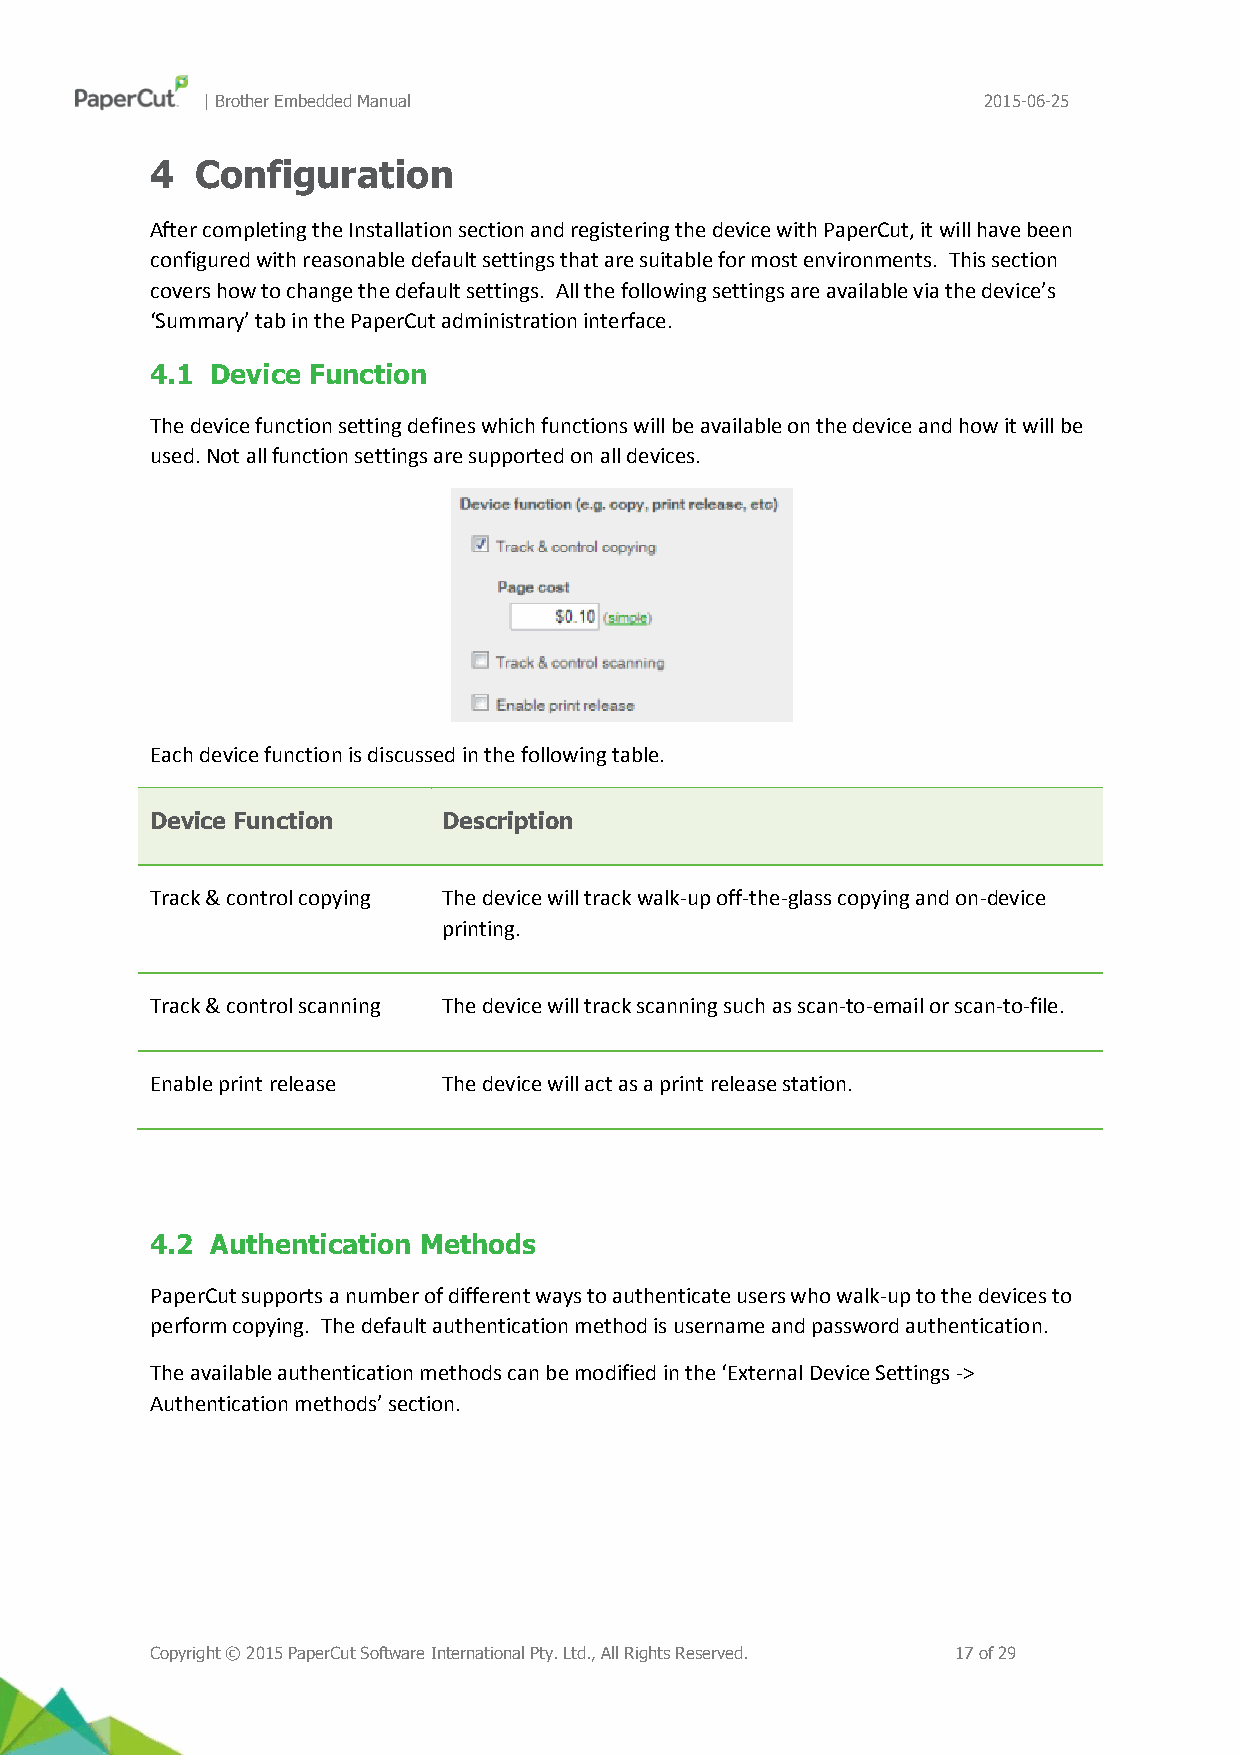
| Brother Embedded Manual                           2015-06-25
 4  Configuration
 After completing the Installation section and registering the device with PaperCut, it will have been
 configured with reasonable default settings that are suitable for most environments. This section
 covers how to change the default settings. All the following settings are available via the device’s
 ‘Summary’ tab in the PaperCut administration interface.
 4.1 Device Function
 The device function setting defines which functions will be available on the device and how it will be
 used. Not all function settings are supported on all devices.
 Each device function is discussed in the following table.
 Device Function    Description
 Track & control copying The device will track walk-up off-the-glass copying and on-device
 printing.
 Track & control scanning The device will track scanning such as scan-to-email or scan-to-file.
 Enable print release The device will act as a print release station.
 4.2 Authentication Methods
 PaperCut supports a number of different ways to authenticate users who walk-up to the devices to
 perform copying. The default authentication method is username and password authentication.
 The available authentication methods can be modified in the ‘External Device Settings ->
 Authentication methods’ section.
 Copyright © 2015 PaperCut Software International Pty. Ltd., All Rights Reserved. 17 of 29